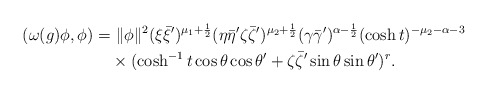
\begin{align*}(\omega(g)\phi, \phi)=&~\|\phi\|^2 (\xi\bar{\xi}')^{\mu_1+\frac{1}{2}}(\eta\bar{\eta}'\zeta\bar{\zeta}')^{\mu_2+\frac{1}{2}}(\gamma\bar{\gamma}')^{\alpha-\frac{1}{2}}(\cosh t)^{-\mu_2-\alpha-3} \\&\times (\cosh^{-1}t \cos \theta \cos \theta' + \zeta\bar{\zeta}'\sin \theta \sin \theta')^r.\end{align*}